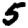
Digit: 5